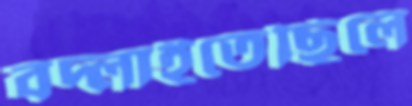
বদ্‌লাইতেছিলে